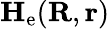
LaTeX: \textbf{H}_{\mathrm{e}}(\textbf{R},\textbf{r})